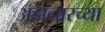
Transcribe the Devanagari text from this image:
अझनारच्या